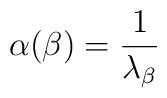
\alpha(\beta) ={1\over\lambda_{\beta}}